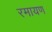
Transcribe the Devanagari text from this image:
रमायण